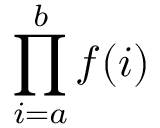
\prod _ { i = a } ^ { b } f ( i )